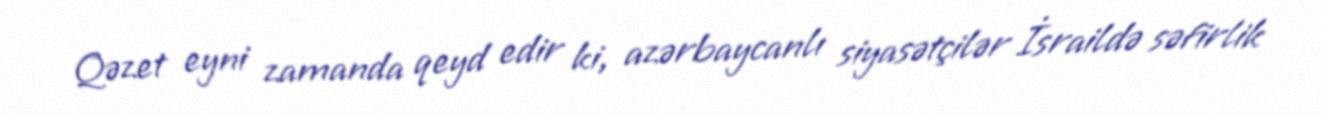
Qəzet eyni zamanda qeyd edir ki, azərbaycanlı siyasətçilər İsraildə səfirlik